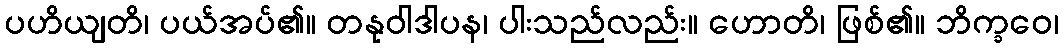
ပဟိယျတိ၊ ပယ်အပ်၏။ တနုဝါဒါပန၊ ပါးသည်လည်း။ ဟောတိ၊ ဖြစ်၏။ ဘိက္ခဝေ၊